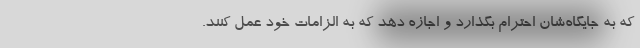
که به جایگاه‌شان احترام بگذارد و اجازه دهد که به الزامات خود عمل کنند.